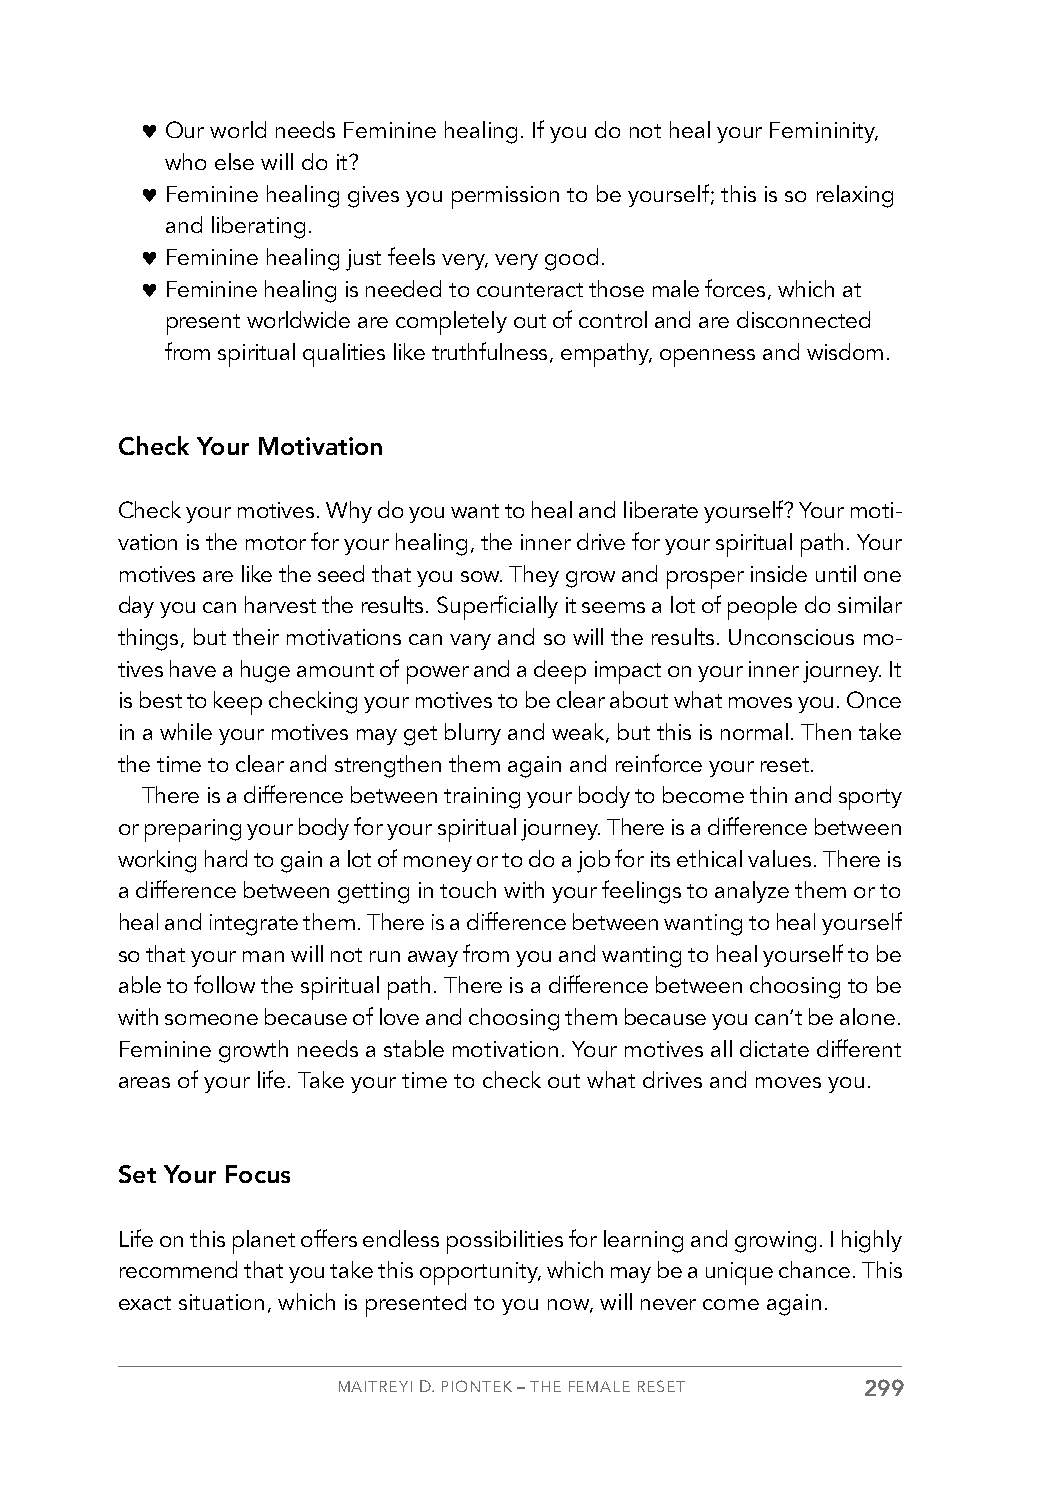
♥ Our world needs Feminine healing. If you do not heal your Femininity,
 who else will do it?
 ♥ Feminine healing gives you permission to be yourself; this is so relaxing
 and liberating.
 ♥ Feminine healing just feels very, very good.
 ♥ Feminine healing is needed to counteract those male forces, which at
 present worldwide are completely out of control and are disconnected
 from spiritual qualities like truthfulness, empathy, openness and wisdom.
 Check Your Motivation
 Check your motives. Why do you want to heal and liberate yourself? Your moti-
 vation is the motor for your healing, the inner drive for your spiritual path. Your
 motives are like the seed that you sow. They grow and prosper inside until one
 day you can harvest the results. Superficially it seems a lot of people do similar
 things, but their motivations can vary and so will the results. Unconscious mo-
 tives have a huge amount of power and a deep impact on your inner journey. It
 is best to keep checking your motives to be clear about what moves you. Once
 in a while your motives may get blurry and weak, but this is normal. Then take
 the time to clear and strengthen them again and reinforce your reset.
 There is a difference between training your body to become thin and sporty
 or preparing your body for your spiritual journey. There is a difference between
 working hard to gain a lot of money or to do a job for its ethical values. There is
 a difference between getting in touch with your feelings to analyze them or to
 heal and integrate them. There is a difference between wanting to heal yourself
 so that your man will not run away from you and wanting to heal yourself to be
 able to follow the spiritual path. There is a difference between choosing to be
 with someone because of love and choosing them because you can’t be alone.
 Feminine growth needs a stable motivation. Your motives all dictate different
 areas of your life. Take your time to check out what drives and moves you.
 Set Your Focus
 Life on this planet offers endless possibilities for learning and growing. I highly
 recommend that you take this opportunity, which may be a unique chance. This
 exact situation, which is presented to you now, will never come again.
 MAITREYI D. PIONTEK – THE FEMALE RESET 299